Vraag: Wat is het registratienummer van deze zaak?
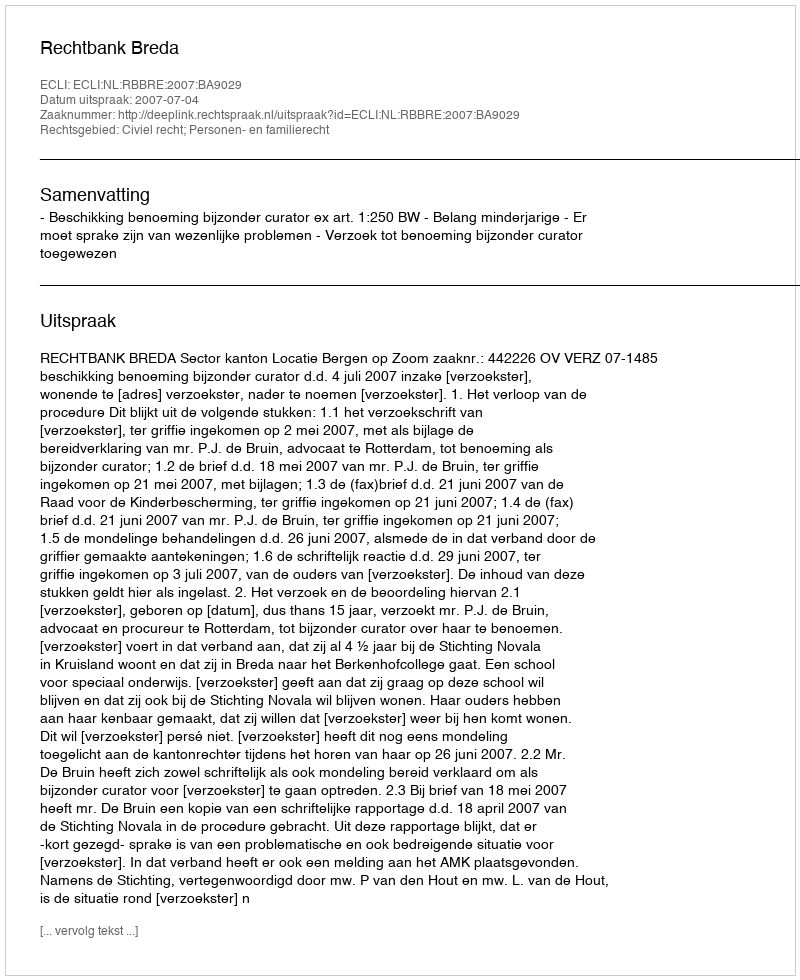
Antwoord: http://deeplink.rechtspraak.nl/uitspraak?id=ECLI:NL:RBBRE:2007:BA9029